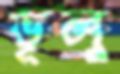
ভূলু